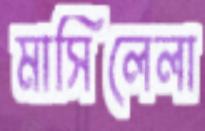
মাসিলেলা